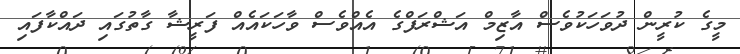
މީގެ ކުރީން ދުވަހަކުވެސް އާޒިމް އަޝްރަފްގެ އެއްވެސް ވާހަކައެއް ފަރީޝާ ގާތުގައި ދައްކާފައި